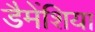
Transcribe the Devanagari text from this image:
डैमेंशिया